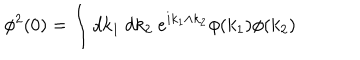
\phi ^ { 2 } ( 0 ) = \int d k _ { 1 } \ d k _ { 2 } \ e ^ { i k _ { 1 } \wedge k _ { 2 } } \phi ( k _ { 1 } ) \phi ( k _ { 2 } )